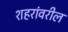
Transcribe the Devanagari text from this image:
शहरांवरील